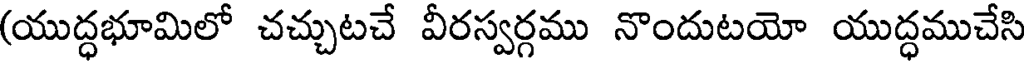
(యుద్ధభూమిలో చచ్చుటచే వీరస్వర్గము నొందుటయో యుద్ధముచేసి